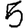
Digit: 5